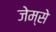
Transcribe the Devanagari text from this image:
जेम्से